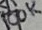
Text: 100K